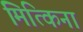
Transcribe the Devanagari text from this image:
मित्किना